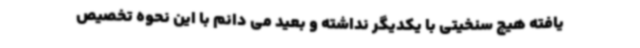
یافته هیچ سنخیتی با یکدیگر نداشته و بعید می دانم با این نحوه تخصیص